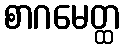
စာဂမေတ္ထ